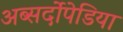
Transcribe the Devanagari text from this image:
अब्सर्दोपेडिया